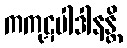
ကကုဋပါဒါနန္တိ